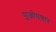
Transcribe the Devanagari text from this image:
पूजोपचार